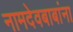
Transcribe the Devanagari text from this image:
नामदेवबाबांना